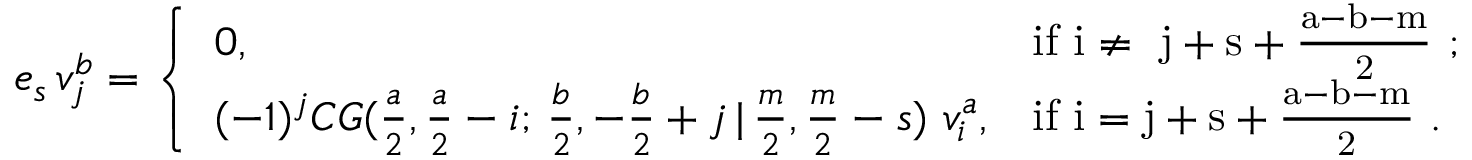
e _ { s } \, v _ { j } ^ { b } = \left\{ \begin{array} { l l } { 0 , } & { \mathrm { i f ~ i \ne ~ j + s + \frac { a - b - m } { 2 } ~ ; } } \\ { ( - 1 ) ^ { j } C G ( \frac { a } { 2 } , \frac { a } { 2 } - i ; \, \frac { b } { 2 } , - \frac { b } { 2 } + j \, | \, \frac { m } { 2 } , \frac { m } { 2 } - s ) \, \, v _ { i } ^ { a } , } & { \mathrm { i f ~ i = j + s + \frac { a - b - m } { 2 } ~ . } } \end{array} \right.